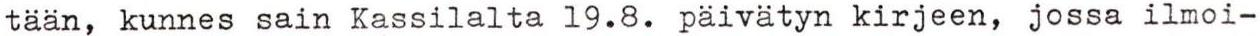
tään, kunnes sain Kassilalta 19.8. päivätyn kirjeen, jossa ilmoi-